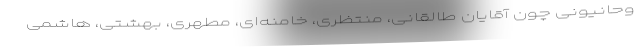
وحانیونی چون آقایان طالقانی، منتظری، خامنه‌ای، مطهری، بهشتی، هاشمی